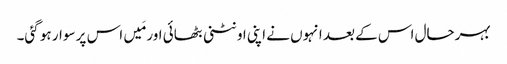
بہرحال اس کے بعد انہوں نے اپنی اونٹنی بٹھائی اور مَیں اس پر سوار ہو گئی۔